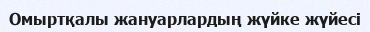
Омыртқалы жануарлардың жүйке жүйесі